Statistics of inoculations with Haffkine's anti-plague vaccine 1897-1900
Year: 1897
Disease focus: Plague
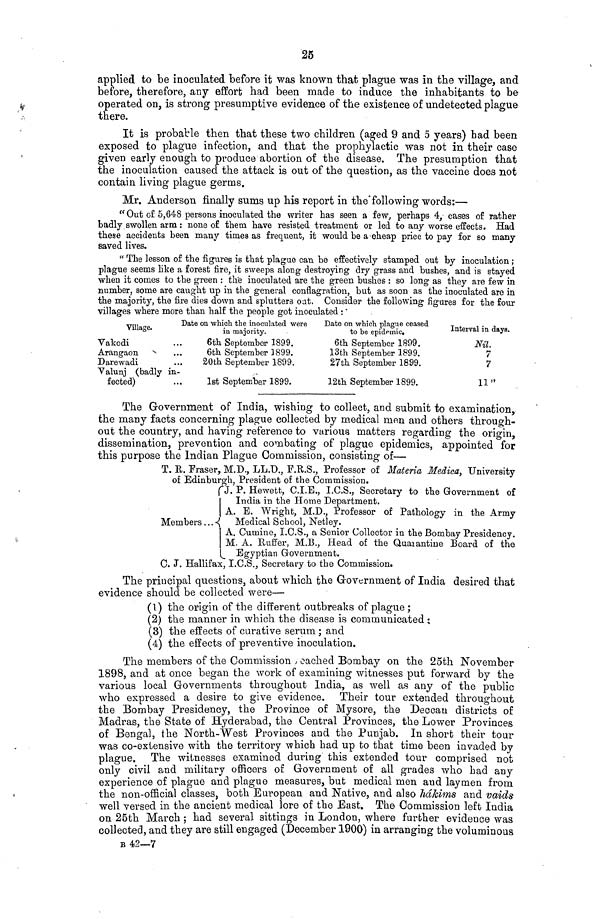
25
applied to be inoculated before it was known that plague was in the village, and
before, therefore, any effort had been made to induce the inhabitants to be
operated on, is strong presumptive evidence of the existence of undetected plague
there.
It is probable then that these two children (aged 9 and 5 years) had been
exposed to plague infection, and that the prophylactic was not in their case
given early enough to produce abortion of the disease. The presumption that
the inoculation caused the attack is out of the question, as the vaccine does not
contain living plague germs.
Mr. Anderson finally sums up his report in the following words:—
" Out of 5,648 persons inoculated the writer has seen a few, perhaps 4, cases of rather
badly swollen arm : none o£ them have resisted treatment or led to any worse effects. Had
these accidents been many times as frequent, it would be a-cheap price to pay for so many
saved lives.
" The lesson of the figures is that plague can be effectively stamped out by inoculation ;
plague seems like a forest fire, it sweeps along destroying dry grass and bushes, and is stayed
when it comes to the green : the inoculated are the green bushes : so long as they are few in
number, some are caught up in the general conflagration, but as soon as the inoculated are in
the majority, the fire dies down and splutters oat. Consider the following figures for the four
villages where more than half the people got inoculated :
Village.
Dat
Vakodi
Arangaou
Darewadi
Valunj (badly in-
fected)
;e on which the inoculated were
in majority.
6th September 1899.
6th September 1899.
20th September 1899.
1st September 1899.
Date on which plague ceased
to be epidemic.
6th September 1899.
13th September 1899.
27th September 1899.
12th September 1899.
Interval in days.
Nil.
7
7
11"
The Government of India, wishing to collect, and submit to examination,
the many facts concerning plague collected by medical men and others through-
out the country, and having reference to various matters regarding the origin,
dissemination, prevention and combating of plague epidemics, appointed for
this purpose the Indian Plague Commission, consisting of—
T. R. Fraser, M.D., LL.D., F.R.S., Professor of Materia Medica, University
of Edinburgh, President of the Commission.
J. P. Hewett, C.I.E., I.C.S., Secretary to the Government of
India in the Home Department.
A. E. Wright, M.D., Professor of Pathology in the Army
Members ... { Medical School, Netley.
A. Cumine, I.C.S., a Senior Collector in the Bombay Presidency.
M. A. Ruffer, M.B., Head of the Quarantine Board of the
L Egyptian Government.
C. J. Hallifax, I.C.S., Secretary to the Commission.
The principal questions, about which the Government of India desired that
evidence should be collected were—
(1) the origin of the different outbreaks of plague;
(2) the manner in which the disease is communicated ;
(3) the effects of curative serum ; and
(4) the effects of preventive inoculation.
The members of the Commission cached Bombay on the 25th November
1898, and at once began the work of examining witnesses put forward by the
various local Governments throughout India, as well as any of the public
who expressed a desire to give evidence. Their tour extended throughout
the Bombay Presidency, the Province of Mysore, the Deccan districts of
Madras, the State of Hyderabad, the Central Provinces, the Lower Provinces
of Bengal, the North-West Provinces and the Punjab. In short their tour
was co-extensive with the territory which had up to that time been invaded by
plague. The witnesses examined during this extended tour comprised not
only civil and military officers of Government of all grades who had any
experience of plague and plague measures, but medical men and laymen from
the non-official classes, both European and Native, and also hákims and vaids
well versed in the ancient medical lore of the East. The Commission left India
on 25th March ; had several sittings in London, where further evidence was
collected, and they are still engaged (December 1900) in arranging the voluminous
B 42—7